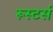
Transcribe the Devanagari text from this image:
रूस्टर्स